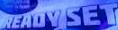
READV SET